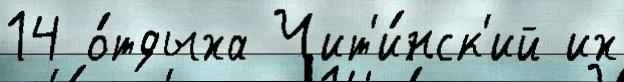
14 о́тдыха Чит'и́нск'ий их